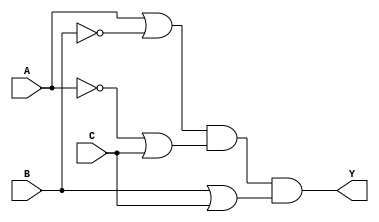
module pos_simplification (
    input wire A,   // Input A
    input wire B,   // Input B
    input wire C,   // Input C
    output wire Y   // Output Y
);

// Intermediate signals for the sum terms
wire A_or_B_not;  // A + B'
wire A_not_or_C;  // A' + C
wire B_or_C;      // B + C

// Negations
wire B_not = ~B;  // B'
wire A_not = ~A;  // A'

// Sum term calculations
assign A_or_B_not = A | B_not; // A + B'
assign A_not_or_C = A_not | C; // A' + C
assign B_or_C = B | C;         // B + C

// Final output Y = (A + B')(A' + C)(B + C)
assign Y = A_or_B_not & A_not_or_C & B_or_C;

endmodule